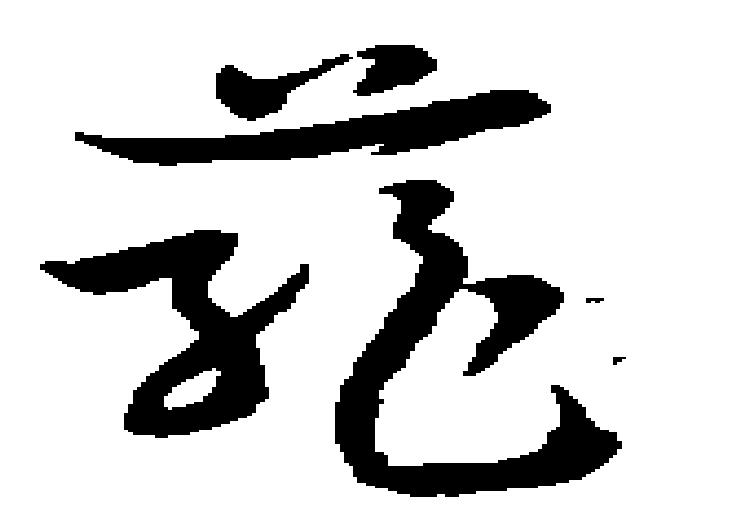
籠